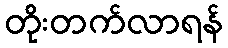
တိုးတက်လာရန်